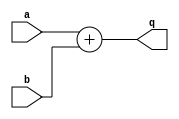
// 4 bit adder
module adder( a, b, q );
input [3:0] a,b;
output	[3:0]	q;

assign	q = a +  b;

endmodule